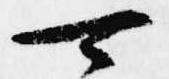
可